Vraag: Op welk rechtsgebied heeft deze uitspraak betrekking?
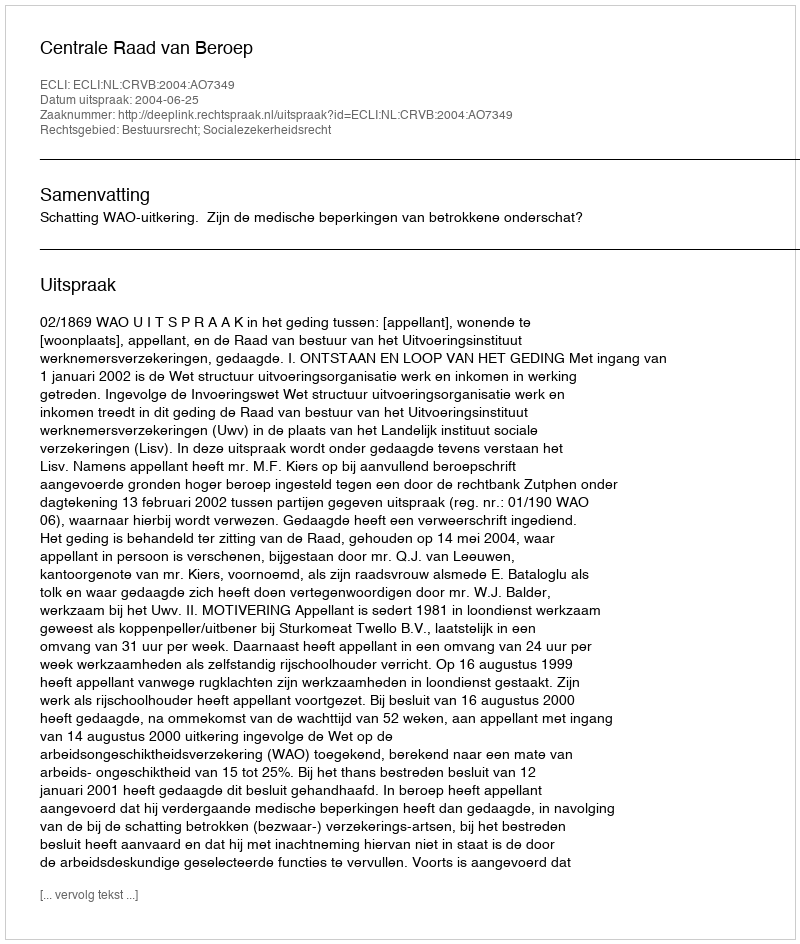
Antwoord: Bestuursrecht; Socialezekerheidsrecht